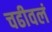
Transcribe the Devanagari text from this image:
चढीवलं